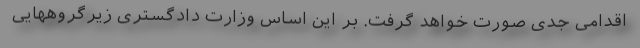
اقدامی جدی صورت خواهد گرفت. بر این اساس وزارت دادگستری زیرگروههایی